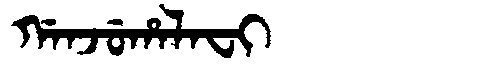
Manchu: ᡤᠠᠨᠵᡠᡥᠠᠯᠠᠸᡳ
Romanization: GANJUHALAFI